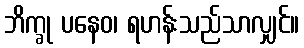
ဘိက္ခု ပနေဝ၊ ရဟန်းသည်သာလျှင်။